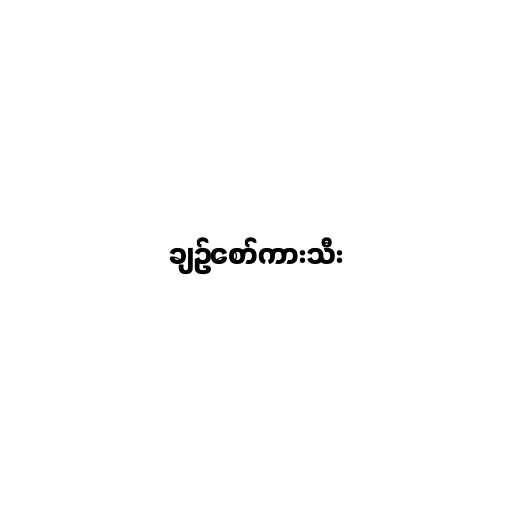
ချဥ်စော်ကားသီး